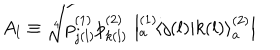
LaTeX: A _ { l } \equiv \sqrt [ [object Object] ] ] { p _ { j ( l ) } ^ { ( 1 ) } p _ { k ( l ) } ^ { ( 2 ) } } \, \left| { } _ { a } ^ { ( 1 ) } \! \left\langle { j ( l ) } | { k ( l ) } \right\rangle _ { a } ^ { ( 2 ) } \right|